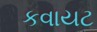
કવાયટ